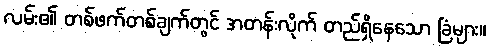
လမ်း၏ တစ်ဖက်တစ်ချက်တွင် အတန်းလိုက် တည်ရှိနေသော ခြံများ။